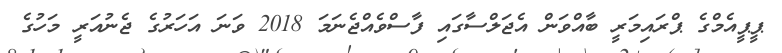
ޕީޕީއެމްގެ ޕްރައިމަރީ ބާއްވަން އެޖަލްސާގައި ފާސްވެއްޖެނަމަ 2018 ވަނަ އަހަރުގެ ޖެނުއަރީ މަހުގެ